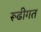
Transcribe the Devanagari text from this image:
रूढीगत